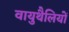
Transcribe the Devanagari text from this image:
वायुथैलियों